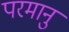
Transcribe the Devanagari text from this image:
परमानु